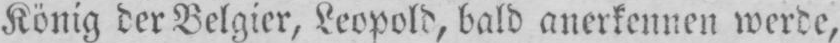
König der Belgier, Leopold, bald anerkennen werde,